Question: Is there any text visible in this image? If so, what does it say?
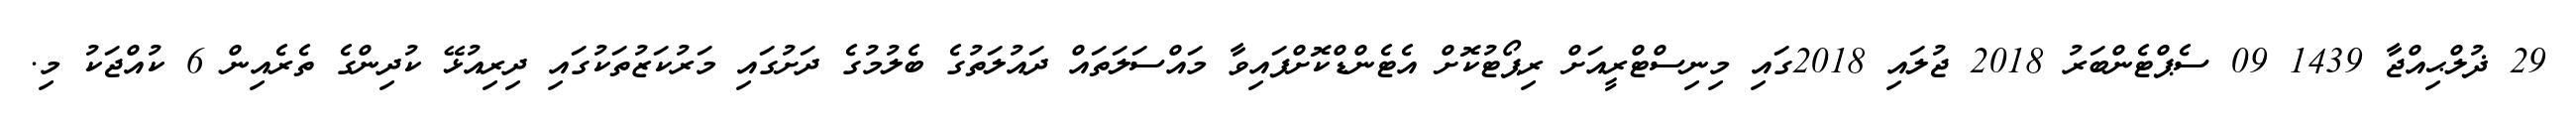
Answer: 29 ޛުލްޙިއްޖާ 1439 09 ސެޕްޓެންބަރު 2018 ޖުލައި 2018ގައި މިނިސްޓްރީއަށް ރިޕޯޓުކޮށް އެޓެންޑްކޮށްފައިވާ މައްސަލަތައް ދައުލަތުގެ ބެލުމުގެ ދަށުގައި މަރުކަޒުތަކުގައި ދިރިއުޅޭ ކުދިންގެ ތެރެއިން 6 ކުއްޖަކު މި.